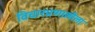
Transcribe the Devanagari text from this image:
विचारप्रणालीला